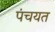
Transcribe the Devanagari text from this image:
पंचयत